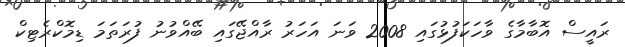
ރައީސް އޮބާމާގެ ވާހަކަފުޅުގައި 2008 ވަނަ އަހަރު ރާއްޖޭގައި ބޭއްވުނު ފުރަތަމަ ޑިމޮކްރެޓިކް